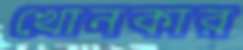
খোনকার